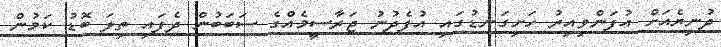
ދުނިޔެއަށް އުފަންވިއިރު ހަށިގަނޑުގައި އުފެދުނު ޖަރާސީމެއްގެ ސަބަބުން ދެފައި ތިލަ ބޮޑު ކަމުން